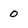
Character: 0